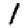
Digit: 1